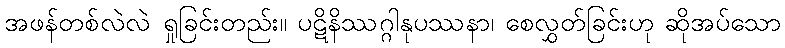
အဖန်တစ်လဲလဲ ရှုခြင်းတည်း။ ပဋိနိဿဂ္ဂါနုပဿနာ၊ စေလွှတ်ခြင်းဟု ဆိုအပ်သော